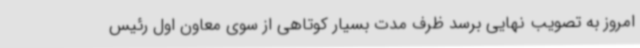
امروز به تصویب نهایی برسد ظرف مدت بسیار کوتاهی از سوی معاون اول رئیس